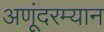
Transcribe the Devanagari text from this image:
अणूंदरम्यान